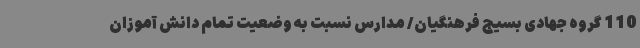
110 گروه جهادی بسیج فرهنگیان/ مدارس نسبت به وضعیت تمام دانش آموزان